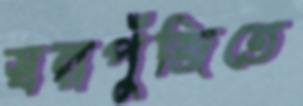
স্বল্পপুঁজিতে